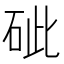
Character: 䂣